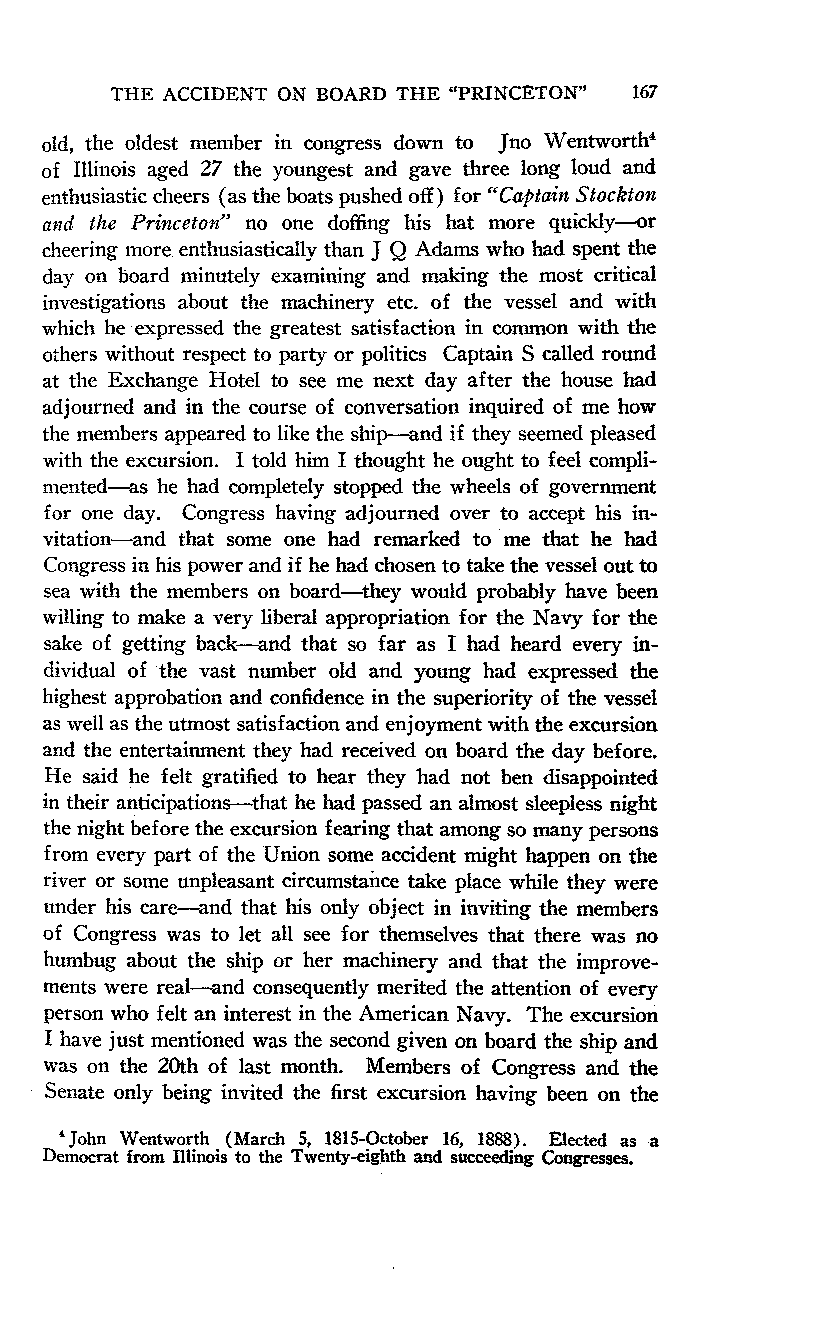
THE ACCIDENT ON BOARD THE "PRINCETON" 167
 old, the oldest member in congress down to Jno Wentworth4
 of Illinois aged 27 the youngest and gave three long loud and
 enthusiastic cheers (as the boats pushed off) for "Captain Stockton
 and the Princeton" no one doffing his hat more quickly-or
 cheering more enthusiastically than J Q Adams who had spent the
 day on board minutely examining and making the most critical
 investigations about the machinery etc. of the vessel and with
 which he expressed the greatest satisfaction in common with the
 others without respect to party or politics Captain S called round
 at the Exchange Hotel to see me next day after the house had
 adjourned and in the course of conversation inquired of me how
 the members appeared to like the ship-and if they seemed pleased
 with the excursion. I told him I thought he ought to feel compli-
 mented-as he had completely stopped the wheels of government
 for one day. Congress having adjourned over to accept his in-
 vitation-and that some one had remarked to me that he had
 Congress in his power and if he had chosen to take the vessel out to
 sea with the members on board-they would probably have been
 willing to make a very liberal appropriation for the Navy for the
 sake of getting back-and that so far as I had heard every in-
 dividual of the vast number old and young had expressed the
 highest approbation and confidence in the superiority of the vessel
 as well as the utmost satisfaction and enjoyment with the excursion
 and the entertainment they had received on board the day before.
 He said he felt gratified to hear they had not ben disappointed
 in their anticipations-that he had passed an almost sleepless night
 the night before the excursion fearing that among so many persons
 from every part of the Union some accident might happen on the
 river or some unpleasant circumstance take place while they were
 under his care-and that his only object in inviting the members
 of Congress was to let all see for themselves that there was no
 humbug about the ship or her machinery and that the improve-
 ments were real-and consequently merited the attention of every
 person who felt an interest in the American Navy. The excursion
 I have just mentioned was the second given on board the ship and
 was on the 20th of last month. Members of Congress and the
 Senate only being invited the first excursion having been on the
 'John Wentworth (March 5, 1815-October 16, 1888). Elected as a
 Democrat from Illinois to the Twenty-eighth and succeeding Congresses.